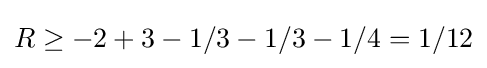
R\geq -2+3-1/3-1/3-1/4=1/12